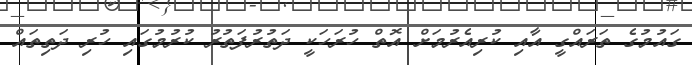
ގައުމުގެ ތަރައްގީ އާއި ކުރިއެރުމަށް އޮތް ހުރަހަކީ ދަތުރުފަތުރު ކުރުމުގައި ހުރި ދަތިތައް